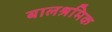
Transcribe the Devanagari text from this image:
बालश्रमिक